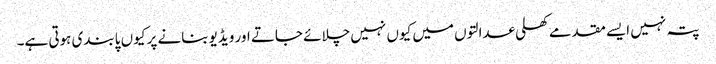
پتہ نہیں ایسے مقدمے کھلی عدالتوں میں کیوں نہیں چلائے جاتے اور ویڈیو بنانے پر کیوں پابندی ہوتی ہے۔